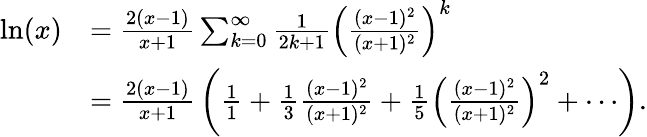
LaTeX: {\begin{array}{rl}{\ln(x)}&{={\frac{2(x-1)}{x+1}}\sum_{k=0}^{\infty}{\frac{1}{2k+1}}{\left({\frac{(x-1)^{2}}{(x+1)^{2}}}\right)}^{k}}\\ &{={\frac{2(x-1)}{x+1}}\left({\frac{1}{1}}+{\frac{1}{3}}{\frac{(x-1)^{2}}{(x+1)^{2}}}+{\frac{1}{5}}{\left({\frac{(x-1)^{2}}{(x+1)^{2}}}\right)}^{2}+\cdots\right).}\end{array}}